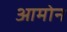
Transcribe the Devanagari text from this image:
आमोन